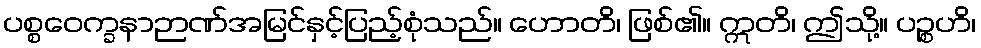
ပစ္စဝေက္ခနာဉာဏ်အမြင်နှင့်ပြည့်စုံသည်။ ဟောတိ၊ ဖြစ်၏။ ဣတိ၊ ဤသို့။ ပဉ္စဟိ၊